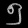
Digit: ၅